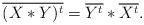
LaTeX: \begin{align*}\overline{(X*Y)^t}=\overline{Y^t} * \overline{X^t} .\end{align*}